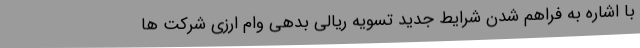
با اشاره به فراهم شدن شرایط جدید تسویه ریالی بدهی وام ارزی شرکت ها